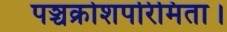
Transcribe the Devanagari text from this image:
पञ्चक्रोशपरिमिता।